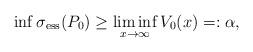
LaTeX: \begin{align*}\inf \sigma _\mathrm{ess}(P_0)\ge \liminf_{x\to \infty }V_0(x)=:\alpha,\end{align*}